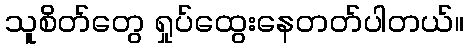
သူစိတ်တွေ ရှုပ်ထွေးနေတတ်ပါတယ်။